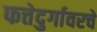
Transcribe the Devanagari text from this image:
फत्तेदुर्गावरचे